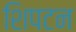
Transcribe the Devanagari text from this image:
शिपटन